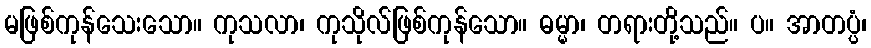
မဖြစ်ကုန်သေးသော။ ကုသလာ၊ ကုသိုလ်ဖြစ်ကုန်သော။ ဓမ္မာ၊ တရားတို့သည်။ ပ။ အာတပ္ပံ၊